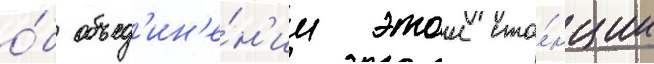
о́б объед'ин'е́н'ии этои ста́нции